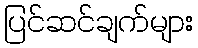
ပြင်ဆင်ချက်များ